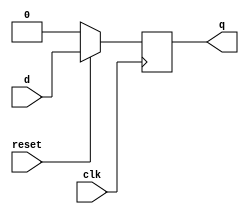
`timescale 1ns / 1ps
//////////////////////////////////////////////////////////////////////////////////
// Company: 
// Engineer: 
// 
// Design Name: 
// Module Name: dff_syn
// Project Name: 
// Target Devices: 
// Tool Versions: 
// Description: 
// 
// Dependencies: 
// 
// Revision:
// Revision 0.01 - File Created
// Additional Comments:
// 
//////////////////////////////////////////////////////////////////////////////////


module dff_syn(
    input wire d,
    input wire clk,
    input wire reset,
    output reg q
    );
    always@(posedge clk)begin
        if(!reset)begin
            q<=0;
        end
        else begin
            q<=d;
        end
    end
endmodule